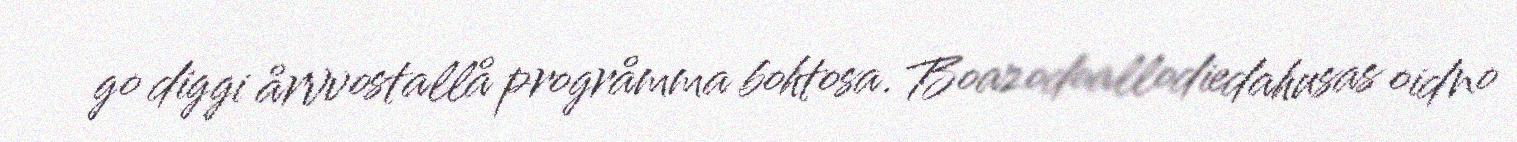
go diggi årvvostallå progråmma bohtosa. Boazodoallodiedahusas oidno